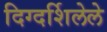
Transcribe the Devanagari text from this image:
दिग्दर्शिलेले